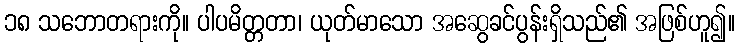
၁၈ သဘောတရားကို။ ပါပမိတ္တတာ၊ ယုတ်မာသော အဆွေခင်ပွန်းရှိသည်၏ အဖြစ်ဟူ၍။